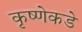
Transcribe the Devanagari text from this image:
कृष्णेकडे